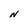
Character: N